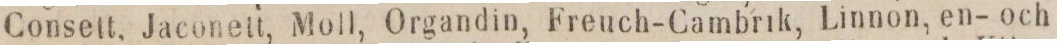
Consett. Jaconett, Moll, Organdin, Freuch-Cambrik, Linnon, en- och